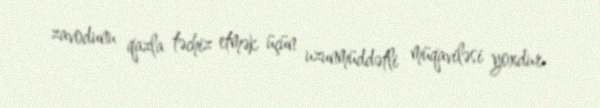
zavodunu qazla təchiz etmək üçün uzunmüddətli müqaviləsi yoxdur.